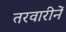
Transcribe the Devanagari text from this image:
तरवारीनें